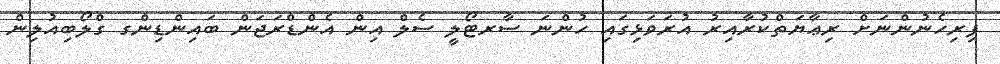
ފިރިހެނުންނަށް ރިޢާޔަތްކުރާއިރު އުރަވަޅިގައި ހުންނަ ސާރޓޯލީ ސެލް އިން އެންޑްރަޖަން ބައިންޑިންގ ގްލޯބިއުލިން